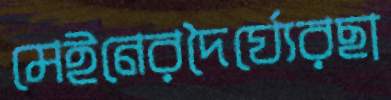
মেইনেরদৈর্ঘ্যেরছা